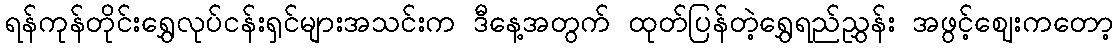
ရန်ကုန်တိုင်းရွှေလုပ်ငန်းရှင်များအသင်းက ဒီနေ့အတွက် ထုတ်ပြန်တဲ့ရွှေရည်ညွှန်း အဖွင့်ဈေးကတော့